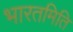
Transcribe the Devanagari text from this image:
भारतमिति